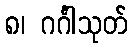
၈၊ ဂင်္ဂါသုတ်